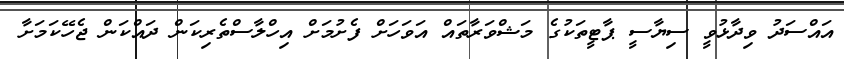
އައްސަދު ވިދާޅުވީ ސިޔާސީ ޕާޓީތަކުގެ މަޝްވަރާތައް އަވަހަށް ފެށުމަށް އިހްލާސްތެރިކަން ދައްކަން ޖެހޭކަމަށާ